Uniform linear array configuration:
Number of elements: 48
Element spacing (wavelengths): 1
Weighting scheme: binomial
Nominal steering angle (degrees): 45
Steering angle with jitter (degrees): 43.155
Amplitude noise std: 0.05
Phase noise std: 0.05

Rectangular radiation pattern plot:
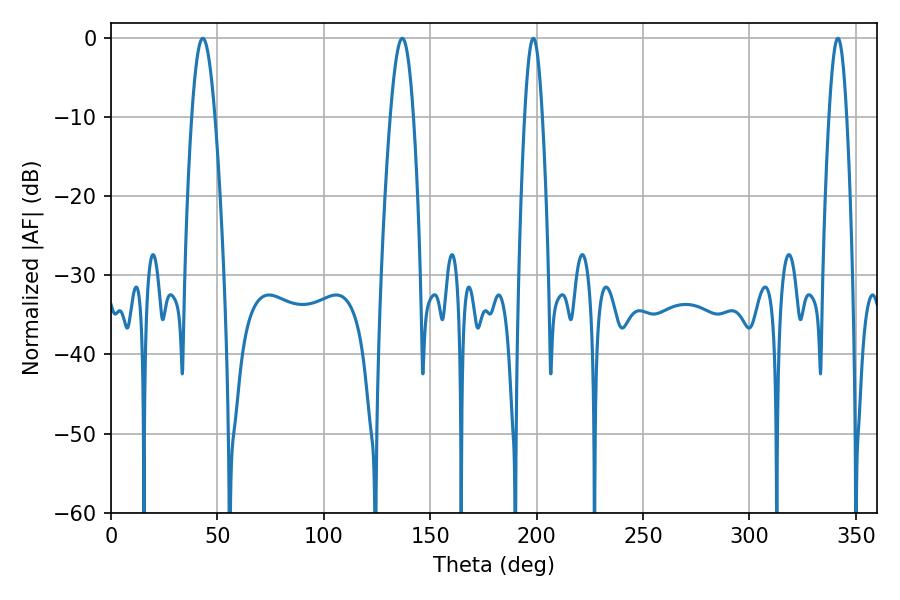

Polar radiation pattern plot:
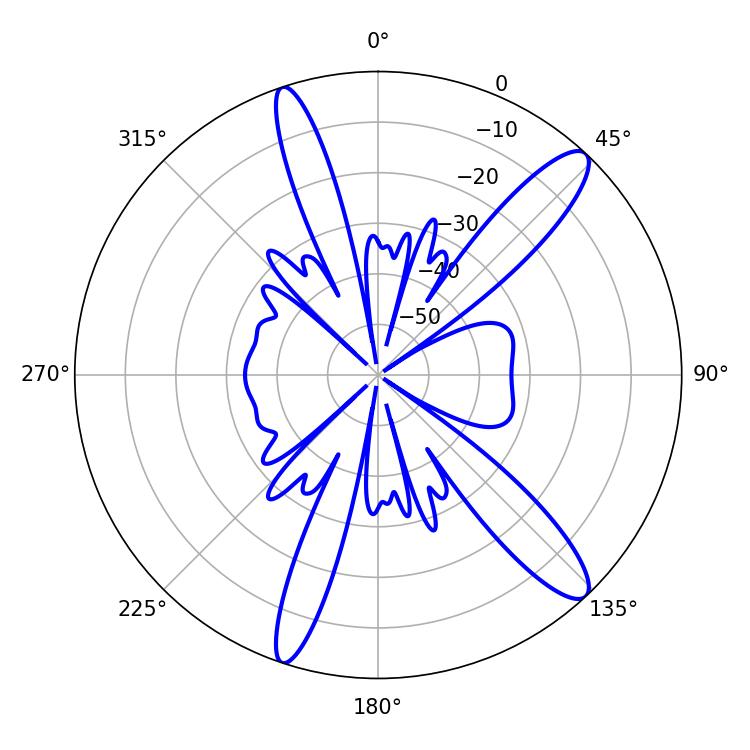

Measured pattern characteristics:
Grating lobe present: TRUE
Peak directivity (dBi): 13.065
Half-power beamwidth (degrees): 5.76
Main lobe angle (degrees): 136.8